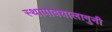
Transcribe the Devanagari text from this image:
स्थापावयालागुनी